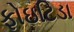
ફોઇટિડા